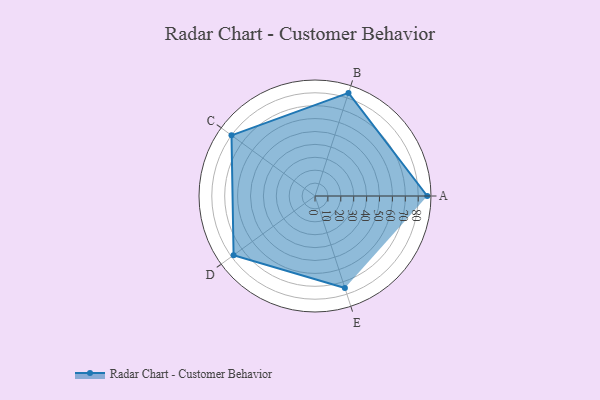
{"axis": {"x": "Skill", "y": "Score"}, "legend": ["Profile"], "data": [{"x": "A", "y": 87.0, "type": "Profile"}, {"x": "B", "y": 84.0, "type": "Profile"}, {"x": "C", "y": 80.0, "type": "Profile"}, {"x": "D", "y": 78.0, "type": "Profile"}, {"x": "E", "y": 75.0, "type": "Profile"}]}